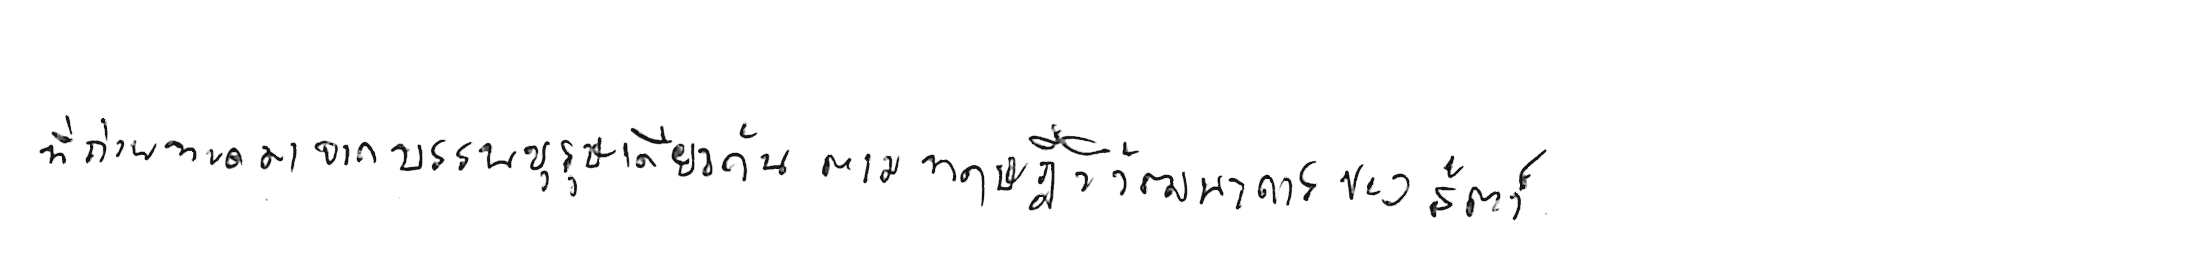
ที่ถ่ายทอดมาจากบรรพบุรุษเดียวกัน ตามทฤษฎีวิวัฒนาการของสัตว์